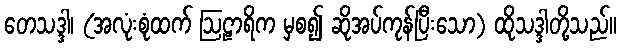
တေသဒ္ဒါ၊ (အလုံးစုံထက် ဩဠာရိက မှစ၍ ဆိုအပ်ကုန်ပြီးသော) ထိုသဒ္ဒါတို့သည်။